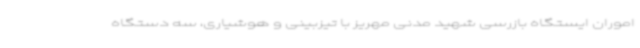
اموران ایستگاه بازرسی شهید مدنی مهریز با تیزبینی و هوشیاری، سه دستگاه